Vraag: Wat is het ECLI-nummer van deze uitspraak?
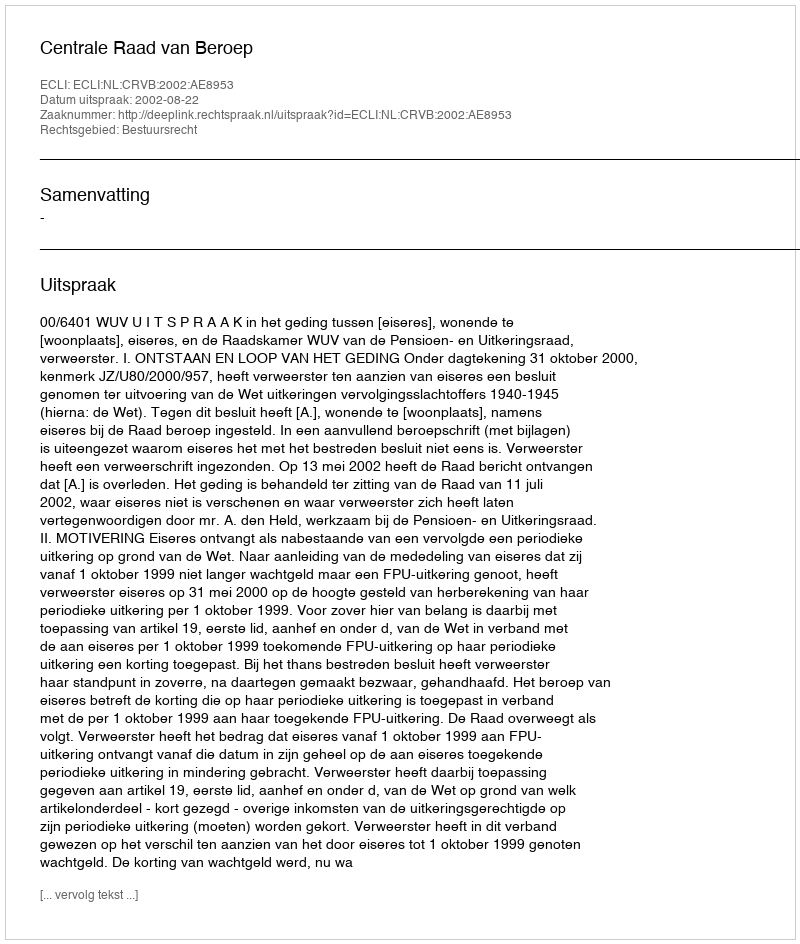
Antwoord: ECLI:NL:CRVB:2002:AE8953